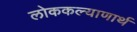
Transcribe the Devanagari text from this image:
लोककल्याणार्थ